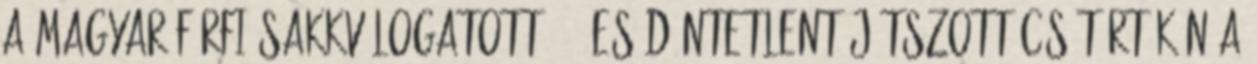
A magyar férfi sakkválogatott 2-2-es döntetlent játszott csütörtökön a